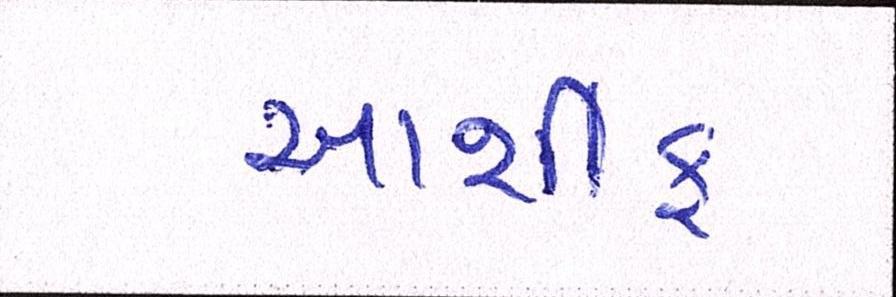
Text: આશીફ